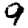
Digit: 9